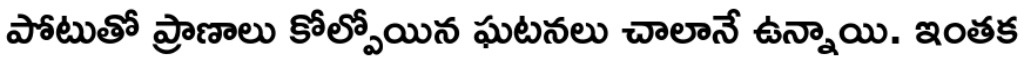
పోటుతో ప్రాణాలు కోల్పోయిన ఘటనలు చాలానే ఉన్నాయి. ఇంతక